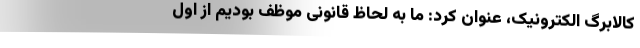
کالابرگ الکترونیک، عنوان کرد: ما به لحاظ قانونی موظف بودیم از اول